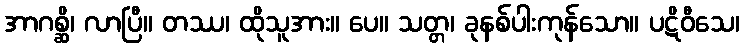
အာဂစ္ဆိ၊ လာပြီ။ တဿ၊ ထိုသူအား။ ပေ။ သတ္တ၊ ခုနစ်ပါးကုန်သော။ ပဋိဝီသေ၊